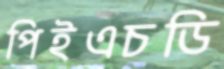
পিইএচডি